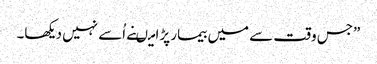
”جس وقت سے میں بیمار پڑا میںنے اُسے نہیں دیکھا۔